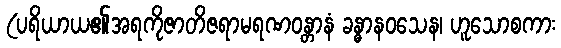
(ပရိယာယ၏အရကိုဇာတိဇရာမရဏဝန္တာနံ ခန္ဓာနဝသေန၊ ဟူသောစကား